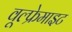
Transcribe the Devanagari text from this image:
वूल्फ्रेमाइट